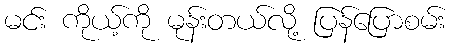
မင်း ကိုယ့်ကို မုန်းတယ်လို့ ပြန်ပြောစမ်း